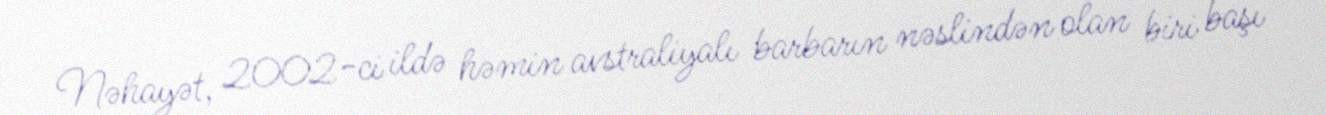
Nəhayət, 2002-ci ildə həmin avstraliyalı barbarın nəslindən olan biri başı